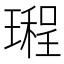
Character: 𤩏